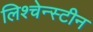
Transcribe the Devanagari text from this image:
लिश्चेन्स्टीन